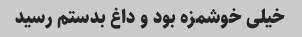
خیلی خوشمزه بود و داغ بدستم رسید